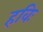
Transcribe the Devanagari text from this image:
हविः